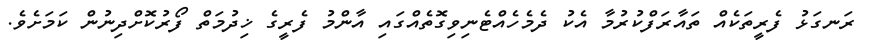
ރަނގަޅު ފެރީތަކެއް ތައާރަފްކުރުމާ އެކު ދެމެހެއްޓެނިވިގޮތެއްގައި އާންމު ފެރީގެ ޚިދުމަތް ފޯރުކޮށްދިނުން ކަމަށެވެ.